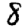
Digit: 8